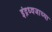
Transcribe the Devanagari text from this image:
इंद्रध्वजाच्या